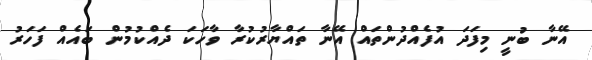
އޭނާ ބުނީ މިފަދަ އުފެއްދުންތައް އޭނާ ތައްޔާރުކުރާ ވާހަކަ ދެއްކުމުން ބައެއް ފަހަރު